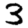
Digit: 3